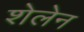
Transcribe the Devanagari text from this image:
शेलेन